Report of the Indian Hemp Drugs Commission, 1894-1895 - Volume VI
Year: 1894
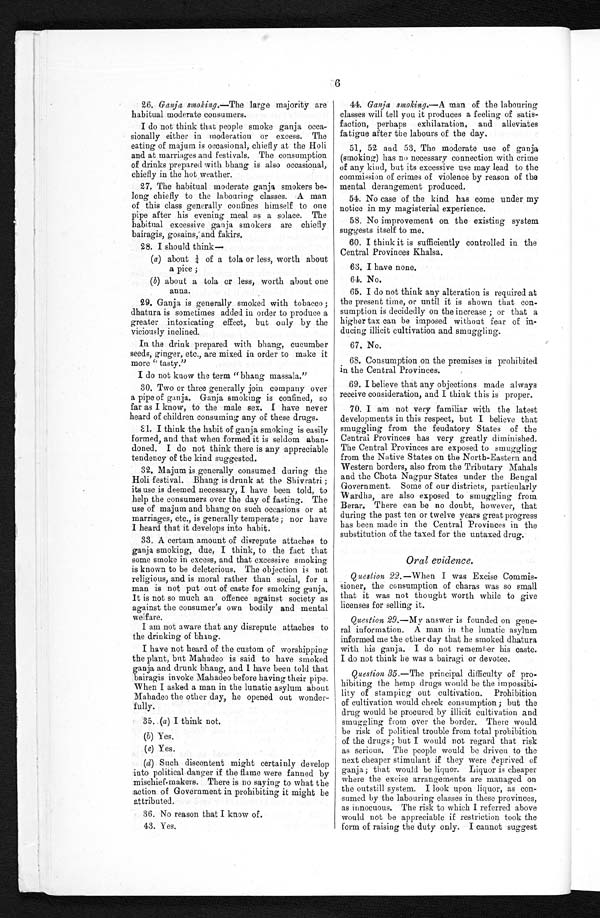
6
26. Ganja smoking.—The large majority are
habitual moderate consumers.
I do not think that people smoke ganja occa
- s i o n a l l y e i t h e r i n m o d e r a t i o n o r e x c e s s . T h e
eating of majum is occasional, chiefly at the Holi
and at marriages and festivals. The consumption
of drinks prepared with bhang is also occasional,
chiefly in the hot weather.
27. The habitual moderate ganja smokers be
-long chiefly to the labouring classes. A man
of this class generally confines himself to one
pipe after his evening meal as a solace. The
habitual excessive ganja smokers are chiefly
bairagis, gosains, and fakirs.
28. I should think—
(a) about ¼ of a tola or less, worth about
a pice ;
(b) about a tola or less, worth about one
anna.
29. Ganja is generally smoked with tobacco ;
dhatura is sometimes added in order to produce a
greater intoxicating effect, but only by the
viciously inclined.
In the drink prepared with bhang, cucumber
seeds, ginger, etc., are mixed in order to make it
more “tasty.”
I do not know the term "bhang massala."
30. Two or three generally join company over
a pipe of ganja. Ganja smoking is confined, so
far as I know, to the male sex. I have never
heard of children consuming any of these drugs.
31. I think the habit of ganja smoking is easily
formed, and that when foamed it is seldom aban
-doned. I do not think there is any appreciable
tendency of the kind suggested.
32. Majum is generally consumed during the
Holi festival. Bhang is drunk at the Shivratri ;
its use is deemed necessary, I have been told, to
help the consumers over the day of fasting. The
use of majum and bhang on such occasions or at
marriages, etc., is generally temperate ; nor have
I heard that it develops into habit.
33. A certain amount of disrepute attaches to
ganja smoking, due, I think, to the fact that
some smoke in excess, and that excessive smoking
is known to be deleterious. The objection is not
religious, and is moral rather than social, for a
man is not put out of caste for smoking ganja.
It is not so much an offence against society as
against the consumer's own bodily and mental
welfare.
I am not aware that any disrepute attaches to
the drinking of bhang.
I have not heard of the custom of worshipping
the plant, but Mahadeo is said to have smoked
ganja and drunk bhang, and I have been told that
bairagis invoke Mahadeo before having their pipe.
When I asked a man in the lunatic asylum about
Mahadeo the other day, he opened out wonder-
fully.
35. (a) I think not.
(b) Yes.
( c )
Y e s .
(d) Such discontent might certainly develop
into political danger if the flame were fanned by
mischief-makers. There is no saying to what the
action of Government in prohibiting it might be
attributed.
36. No reason that I know of.
43. Yes.
44. Ganja smoking.— A man of the labouring
classes will tell you it produces a feeling of satis
- f a c t i o n , p e r h a p s e x h i l a r a t i o n , a n d a l l e v i a t e s
fatigue after the labours of the day.
51, 52 and 53. The moderate use of ganja
(smoking) has no necessary connection with crime
of any kind, but its excessive use may lead to the
commission of crimes of violence by reason of the
mental derangement produced.
54. No case of the kind has come under my
notice in my magisterial experience.
58. No improvement on the existing system
suggests itself to me.
60. I think it is sufficiently controlled in the
Central Provinces Khalsa.
63. I have none.
64. No.
65. I do not think any alteration is required at
the present time, or until it is shown that con
-sumption is decidedly on the increase ; or that a
higher tax can be imposed without fear of i
n - d u c i n g i l l i c i t c u l t i v a t i o n a n d s m u g g l i n g .
67. No.
68. Consumption on the premises is prohibited
in the Central Provinces.
69. I believe that any objections made always
receive consideration, and I think this is proper.
70. I am not very familiar with the latest
developments in this respect, but I believe that
smuggling from the feudatory States of the
Central Provinces has very greatly diminished.
The Central Provinces are exposed to smuggling
from the Native States on the North-Eastern and
Western borders, also from the Tributary Mahals
and the Chota Nagpur States under the Bengal
Government. Some of our districts, particularly
ardha, are also exposed to smuggling from
Berar. There can be no doubt, however, that
during the past ten or twelve years great progress
has been made in the Central Provinces in the
substitution of the taxed for the untaxed drug.
Oral evidence.
Question 22 .—When I was Excise Commis
-sioner, the consumption of charas was so small
that it was not thought worth while to give
licenses for selling it.
Question, 29.— My answer is founded on gene
-ral information. A man in the lunatic asylum
informed me the other day that he smoked dhatura
with his ganja. I do not remember his caste.
I do not think he was a bairagi or devotee.
Question 35 .—The principal difficulty of p pro-
h i b i t i n g t h e h e mp d r u g s wo u l d b e t h e i mp o s s i b i -
lity of stamping out cultivation. Prohibition
of cultivation would check consumption ; but the
drug would be procured by illicit cultivation and
smuggling from over the border. There would
be risk of political trouble from total prohibition
of the drugs ; but I would not regard that risk
as serious. The people would be driven to the
next cheaper stimulant if they were deprived of
ganja ; that would be liquor. Liquor is cheaper
where the excise arrangements are managed on
the outstill system. I look upon liquor, as con
- s u m e d b y t h e l a b o u r i n g c l a s s e s i n t h e s e p r o v i n c e s ,
as innocuous. The risk to which I referred above
would not be appreciable if restriction took the
form of raising the duty only. I cannot suggest